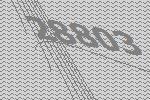
28803